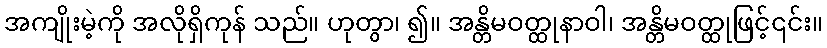
အကျိုးမဲ့ကို အလိုရှိကုန် သည်။ ဟုတွာ၊ ၍။ အန္တိမဝတ္ထုနာဝါ၊ အန္တိမဝတ္ထုဖြင့်၎င်း။